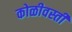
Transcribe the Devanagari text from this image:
कोळीवस्ती